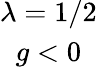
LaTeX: \begin{array}{c}{{\lambda=1/2}}\\ {{g<0}}\end{array}